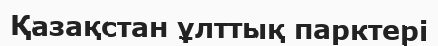
Қазақстан ұлттық парктері